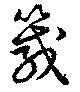
箴